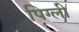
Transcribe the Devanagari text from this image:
पिग्ली